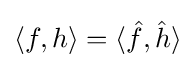
\langle f,h\rangle =\langle {\hat {f}},{\hat {h}}\rangle